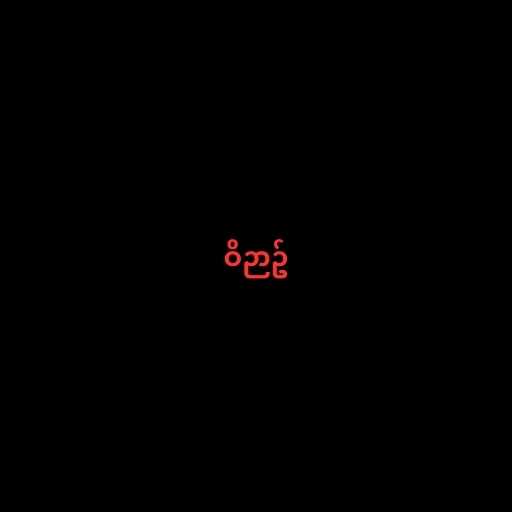
ဝိဉာဥ်